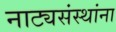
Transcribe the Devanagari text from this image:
नाट्यसंस्थांना